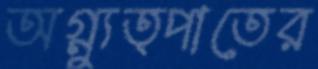
অগ্ন্যুত্পাতের